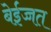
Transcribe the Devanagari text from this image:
बेईज्जत